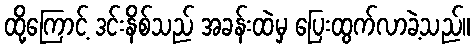
ထို့ကြောင့် ဒင်းနိစ်သည် အခန်းထဲမှ ပြေးထွက်လာခဲ့သည်။